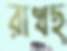
রাখছ